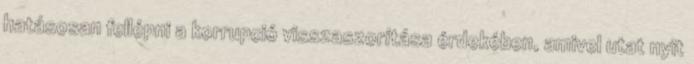
hatásosan fellépni a korrupció visszaszorítása érdekében, amivel utat nyit